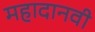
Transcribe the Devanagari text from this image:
महादानवी